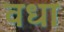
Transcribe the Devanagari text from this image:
वधा